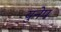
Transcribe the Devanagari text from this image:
युनेप